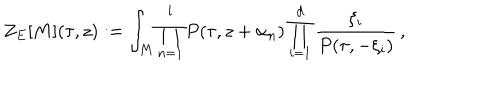
LaTeX: Z _ { E } [ M ] ( \tau , z ) : = \int _ { M } \prod _ { n = 1 } ^ { l } P ( \tau , z + \alpha _ { n } ) \prod _ { i = 1 } ^ { d } \frac { \xi _ { i } } { P ( \tau , - \xi _ { i } ) } \, ,